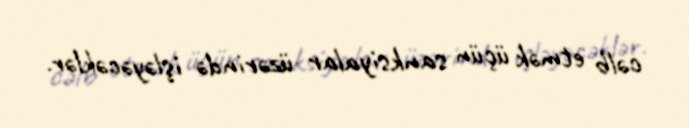
cəlb etmək üçün sanksiyalar üzərində işləyəcəklər.